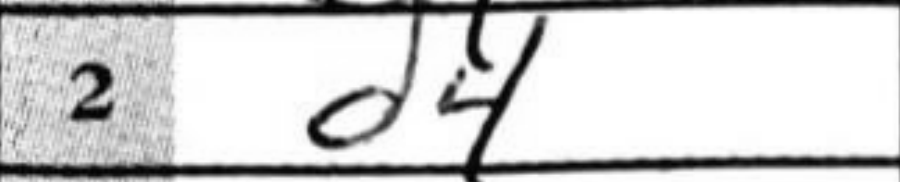
Transcription: d4